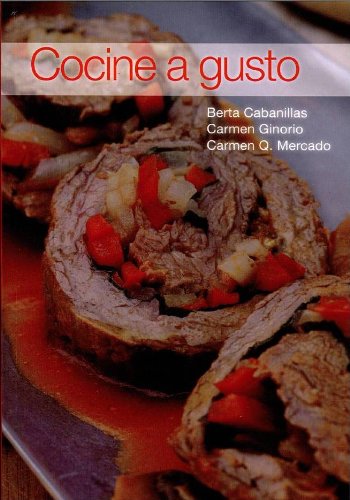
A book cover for Cocine a Gusto (Spanish Edition); Berta Cabanillas; Cookbooks, Food & Wine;